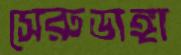
সেরুডাঙ্গা